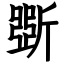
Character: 斲